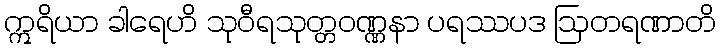
ဣရိယာ ခါရေဟိ သုဝီရသုတ္တဝဏ္ဏနာ ပရဿပဒ ဩတရဏာတိ